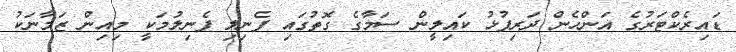
ޑައިރެކްޓަރުގެ އަންހެން ދަރިފުޅު ކައިލީން ސަމާގެ ގޮތުގައި ފެނިލި ފެނިލުމަކީ މިއިން ޒަމާނަކު